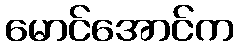
မောင်အောင်က